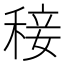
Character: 𥟣